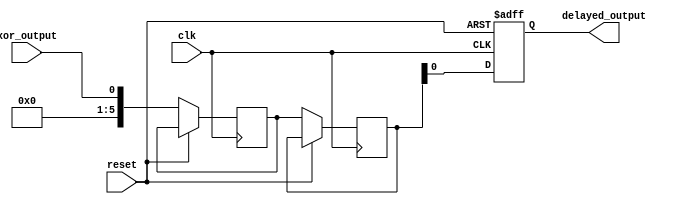
module timing_control(
    input wire clk,
    input wire reset,
    input wire xor_output,
    output reg delayed_output
);

parameter DELAY_AMOUNT = 5; // Delay amount in clock cycles

reg [DELAY_AMOUNT:0] buffer[0:1]; // Buffer to store delayed output

always @(posedge clk or posedge reset) begin
    if (reset) begin
        delayed_output <= 1'b0;
    end else begin
        buffer[0] <= xor_output;
        buffer[1] <= buffer[0];
        delayed_output <= buffer[1];
    end
end

endmodule